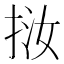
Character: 𢬨